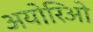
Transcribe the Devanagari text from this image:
अयोरिओ